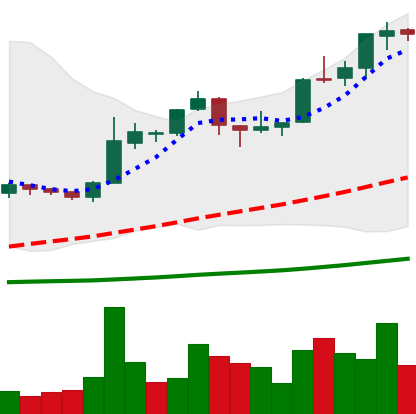
Ticker: BTC-USD
Chart end date: 2015-12-10
Forward return: 11.996%
Label: up_7plus